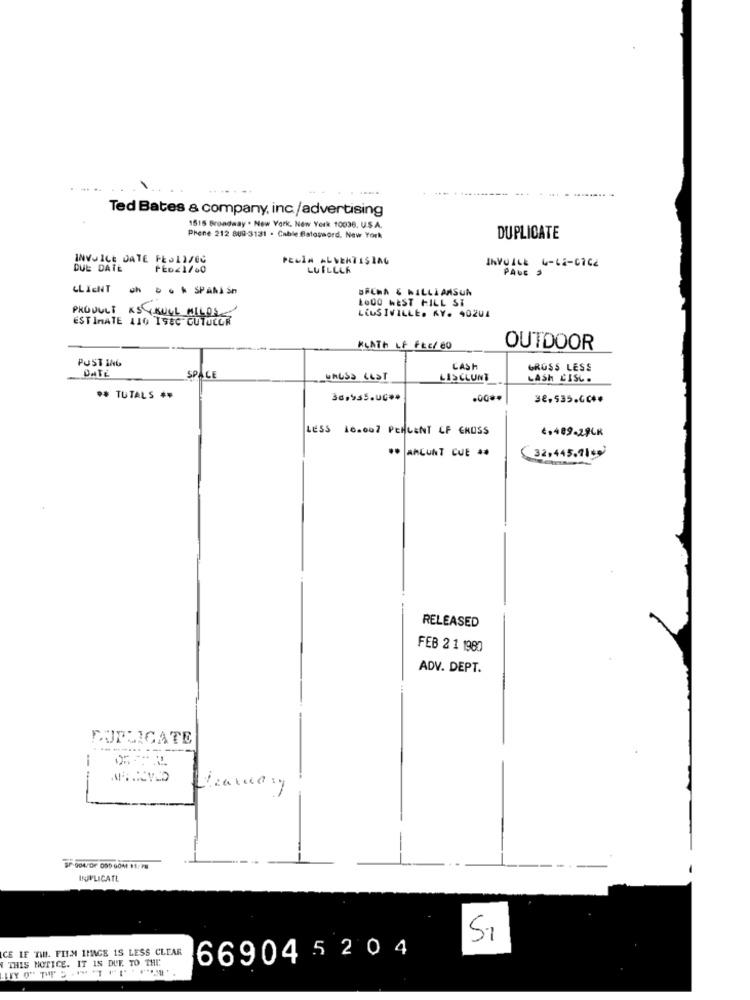
Ted Bates & company, inc/advertising
1515 Broadway . New York, New York 10036. U.S.A.
Phene 212 869-3131 - Cable flatosord. New York
DUPLICATE
INVOICE DATE FROLL/OU
Paula ALVERTISING
DUE DATE
FEDE1/00
LUILELA
PANE
CLIENT
UFCNA & WILLIAMSUN
LOOO WEST FILL ST
PRODUCT AS KULL MILOS
ESTIMATE 110 ISEC CUTUCOR
LEUSIVILLE. KY. 40201
KLATh LF FEE/ 80
OUTDOOR
POST ING
CASH
GROSS LESS
SPACE
GAUSS LEST
LASCLUNT
LASH CISL.
** TUTALS **
36.965.UC **
.00 **
32,535.00 **
LESS 16.007 PERCENT OF CROSS
6,489-29CK
** AMCUNT CUE **
32,445.11 **
RELEASED
FEB 2 1 1980
ADV. DEPT.
DUPLICATE
---
SP-004/OF 059 GOM 11/78
DUPLICATE
SI
ICE IF TIN. FILM IMAGE IS LESS CLEAR
THIS NOTICE. IT IS DUE. TO THE
669045 2 0 4